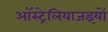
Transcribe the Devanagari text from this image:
ऑस्ट्रेलियाजइयों